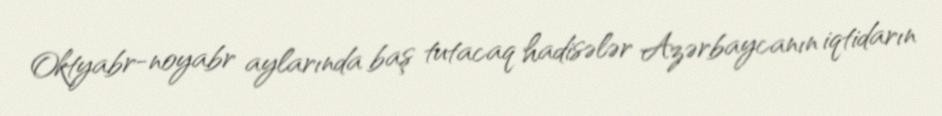
Oktyabr-noyabr aylarında baş tutacaq hadisələr Azərbaycanın iqtidarın